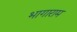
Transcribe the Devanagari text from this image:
भागाराम